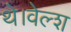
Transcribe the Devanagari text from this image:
थे।वेल्श